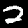
Digit: 2